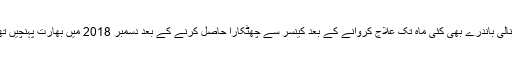
سونالی باندرے بھی کئی ماہ تک علاج کروانے کے بعد کینسر سے چھٹکارا حاصل کرنے کے بعد دسمبر 2018 میں بھارت پہنچیں تھیں۔